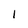
Character: I